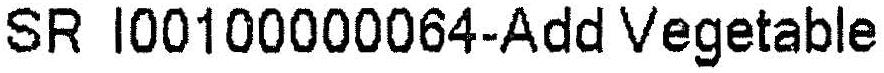
SR I00100000064-ADD VEGETABLE